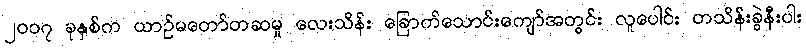
၂၀၁၇ ခုနှစ်က ယာဉ်မတော်တဆမှု လေးသိန်း ခြောက်သောင်းကျော်အတွင်း လူပေါင်း တသိန်းခွဲနီးပါး